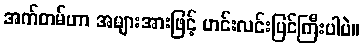
အက်တမ်ဟာ အများအားဖြင့် ဟင်းလင်းပြင်ကြီးပါပဲ။